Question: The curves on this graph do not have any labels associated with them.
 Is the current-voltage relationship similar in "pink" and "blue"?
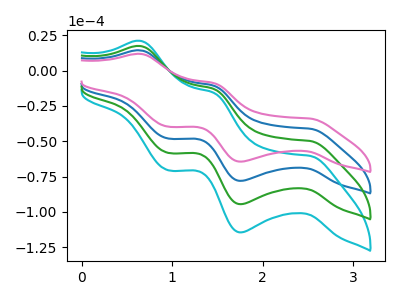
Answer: <think>The blue curve "blue" has anodic peaks at (0.65V, 14.40uA) (1.45V, -10.70uA) and cathodic peaks at (2.50V, -41.15uA) (1.75V, -78.05uA) (0.95V, -48.10uA). The cyan curve "cyan" has anodic peaks at (0.65V, 43.15uA) (1.45V, -32.10uA) and cathodic peaks at (2.50V, -123.40uA) (1.75V, -234.20uA) (0.95V, -144.30uA). The green curve "green" has anodic peaks at (0.65V, 28.75uA) (1.45V, -21.40uA) and cathodic peaks at (2.50V, -82.30uA) (1.75V, -156.15uA) (0.95V, -96.20uA). The pink curve "pink" has anodic peaks at (0.65V, 11.85uA) (1.45V, -8.85uA) and cathodic peaks at (2.50V, -33.95uA) (1.75V, -64.45uA) (0.95V, -39.70uA).
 All the peaks in "pink" have a peak in "blue" at the same potential.</think>
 <answer>"pink" and "blue" are similar in shape.</answer>
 <eval>same_shape</eval>